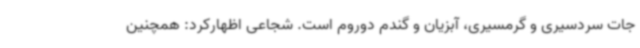
جات سردسیری و گرمسیری، آبزیان و گندم دوروم است. شجاعی اظهارکرد: همچنین